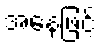
အနေဖြင့်